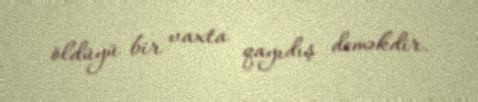
öldüyü bir vaxta qayıdış deməkdir.